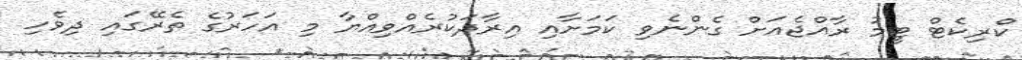
ކްރިކެޓް ޓީމު ރާއްޖެއަށް ގެންނެވި ކަމަށާއި އިރާދަކުރެއްވިއްޔާ މި އަހަރުގެ ތެރޭގައި ދިވެހި